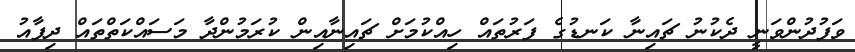
ވަފުދުންވަނީ ދެކުނު ޗައިނާ ކަނޑުގެ ފަރުތައް ހިއްކުމަށް ޗައިނާއިން ކުރަމުންދާ މަސައްކަތްތައް ދިފާއު